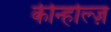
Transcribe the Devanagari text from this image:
कीन्होल्ज़